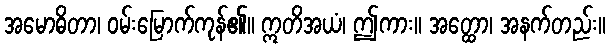
အမောဓိတာ၊ ဝမ်းမြောက်ကုန်၏။ ဣတိအယံ၊ ဤကား။ အတ္ထော၊ အနက်တည်း။